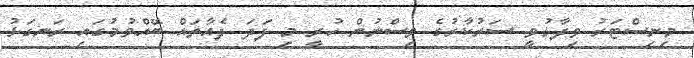
މިނިސްޓަރު ވިދާޅުވީ ސަރުކާރުގެ ވިސްނުން ހުރީ މި ފަދަ ފެއާތައް ބޭއްވުމުގައި ރަނގަޅު